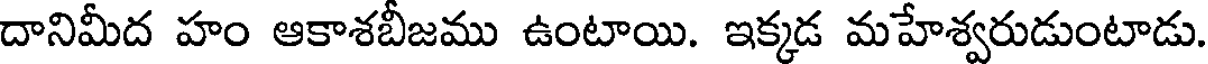
దానిమీద హం ఆకాశబీజము ఉంటాయి. ఇక్కడ మహేశ్వరుడుంటాడు.